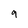
Character: 9